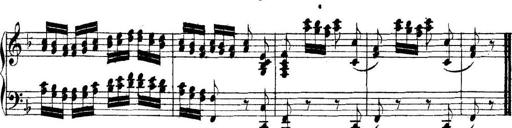
Title: Collected Piano Sonatas
Composer: Muzio Clementi